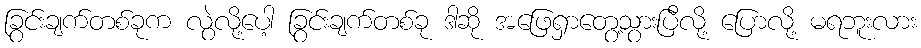
ခြွင်းချက်တစ်ခုက လွဲလို့ပေါ့ ခြွင်းချက်တစ်ခု ဒါဆို အဖြေရှာတွေ့သွားပြီလို့ ပြောလို့ မရဘူးလား